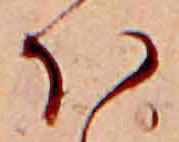
ほ